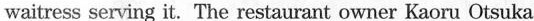
waitress serving it. The restaurant owner Kaoru Otsuka